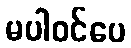
မပါဝင်ပေ